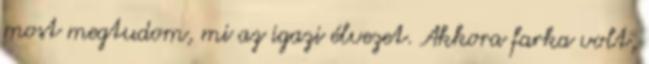
most megtudom, mi az igazi élvezet. Akkora farka volt,